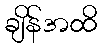
ချိန်အထိ